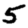
Digit: 5